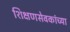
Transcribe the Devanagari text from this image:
शिक्षणसेवकांच्या